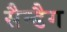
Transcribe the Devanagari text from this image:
सैन्डैग